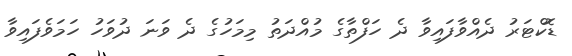
ޑޮކްޓަރު ދެއްވާފައިވާ ދެ ހަފްތާގެ މުއްދަތު މިމަހުގެ ދެ ވަނަ ދުވަހު ހަމަވެފައިވާ